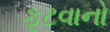
ફૂટવાનો